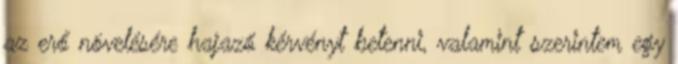
az erő növelésére hajazó kérvényt betenni, valamint szerintem egy